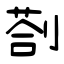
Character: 剳